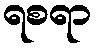
ရစရာ